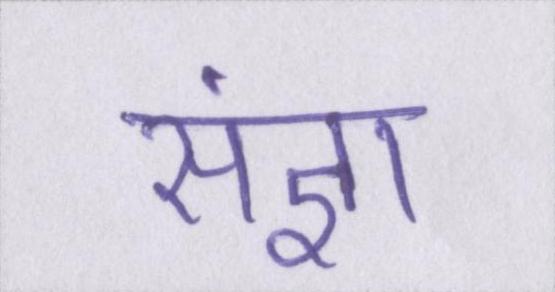
संज्ञा